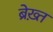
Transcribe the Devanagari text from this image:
ब्रेख़्त